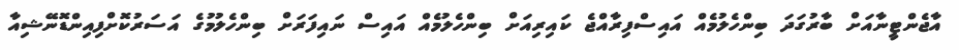
އާޖެންޓީނާއަށް ބާރުގަދަ ބިންހެލުމެއް އައިސްފިރާއްޖެ ކައިރިއަށް ބިންހެލުމެއް އައިސް ނައިފަރަށް ބިންހެލުމުގެ އަސަރުކޮށްފިއިންޑޮނޭޝިއާ